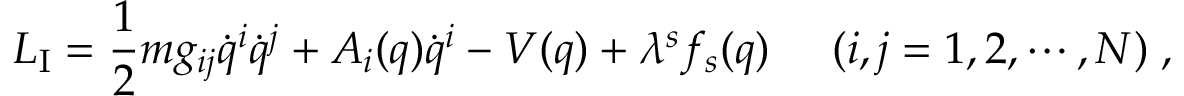
L _ { \mathrm { I } } = \frac { 1 } { 2 } m g _ { i j } \dot { q } ^ { i } \dot { q } ^ { j } + A _ { i } ( q ) \dot { q } ^ { i } - V ( q ) + \lambda ^ { s } f _ { s } ( q ) \; \; \; \; \; ( i , j = 1 , 2 , \cdots , N ) \; ,